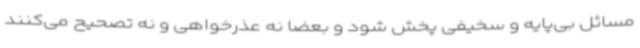
مسائل بی‌پایه و سخیفی پخش شود و بعضا نه عذرخواهی و نه تصحیح می‌کنند